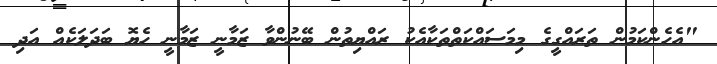
"އެހެންކަމުން ތަރައްގީގެ މިމަސައްކަތްތަކާއެކު ރައްޔިތުން ބޭނުންވާ ޒަމާނީ ޒަމާނީ ހެޔޮ ބަދަލަކެއް އަދި